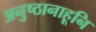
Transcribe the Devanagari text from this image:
अनुष्ठानाहूनि